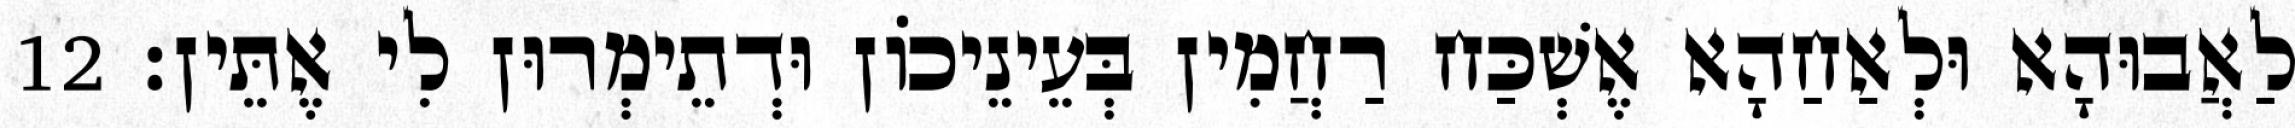
לַאֲבוּהָא וּלְאַחַהָא אֶשְׁכַּח רַחֲמִין בְּעֵינֵיכוֹן וּדְתֵימְרוּן לִי אֶתֵּין׃ 12